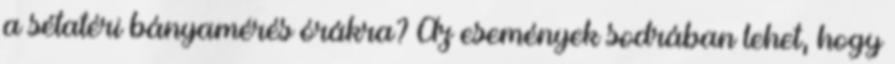
a sétatéri bányamérés órákra? Az események sodrában lehet, hogy